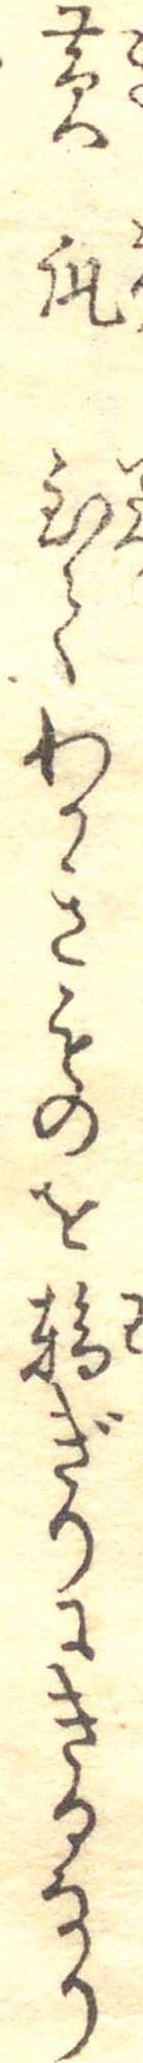
黄瓜至てわかきものを輪ぎりにきるなり